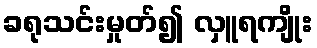
ခရုသင်းမှုတ်၍ လှူရကျိုး